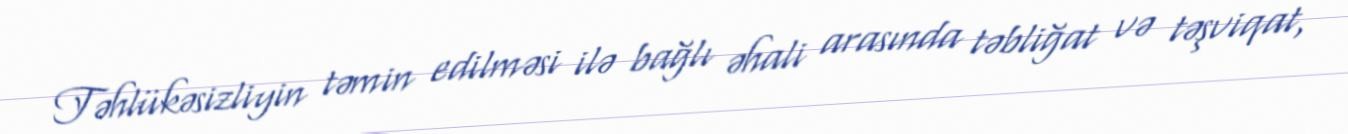
Təhlükəsizliyin təmin edilməsi ilə bağlı əhali arasında təbliğat və təşviqat,